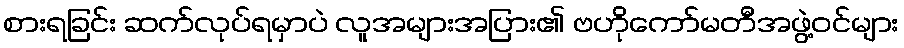
စားရခြင်း ဆက်လုပ်ရမှာပဲ လူအများအပြား၏ ဗဟိုကော်မတီအဖွဲ့ဝင်များ